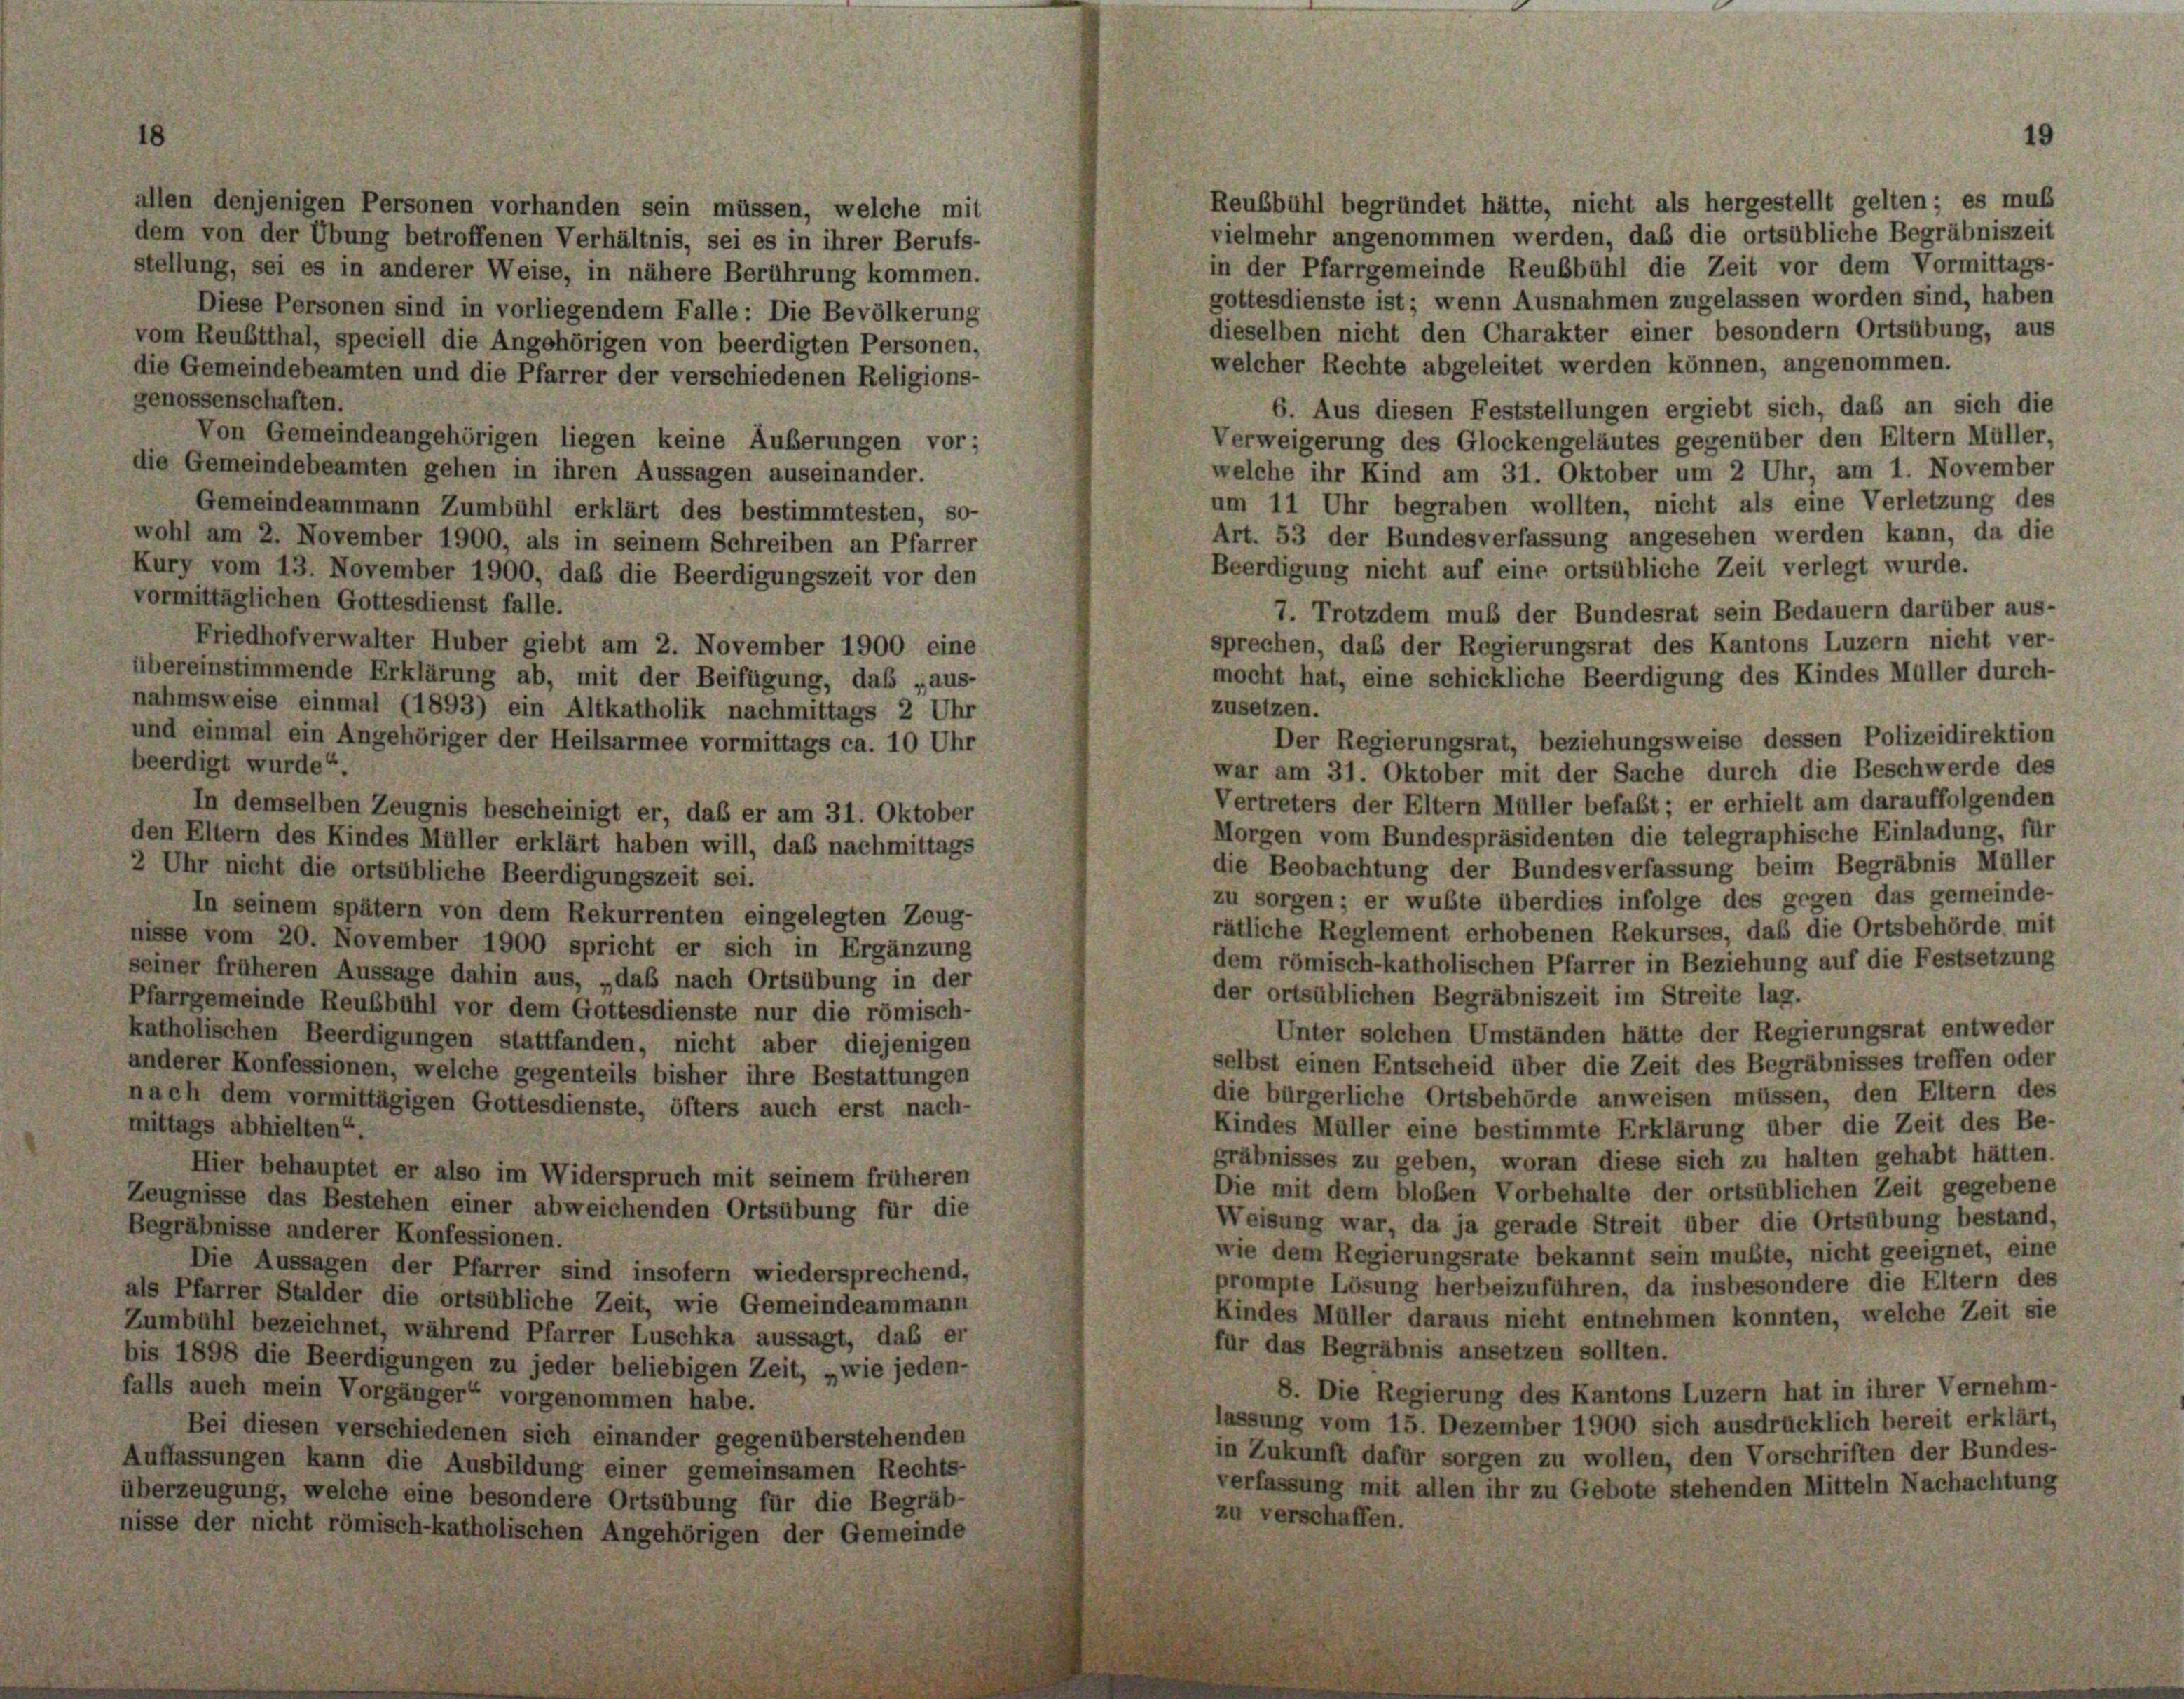
Reubbühl begründet hätte, nicht als hergestellt gelten; es mus
allen denjenigen Personen vorhanden sein müssen, welche mit
vielmehr angenommen werden, daß die ortsübliche Begräbniszeit
dem von der Übung betroffenen Verhältnis, sei es in ihrer Berufs-
in der Pfarrgemeinde Reubbühl die Zeit vor dem Vormittags-
stellung, sei es in anderer Weise, in nähere Berührung kommen.
gottesdienste ist; wenn Ausnahmen zugelassen worden sind, haben
Diese Personen sind in vorliegendem Falle: Die Bevölkerung
dieselben nicht den Charakter einer besondern Ortsübung, aus
vom Reubtthal, speciell die Angehörigen von beerdigten Personen,
welcher Rechte abgeleitet werden können, angenommen.
die Gemeindebeamten und die Pfarrer der verschiedenen Religions-
genossenschaften.
6. Aus diesen Feststellungen ergiebt sich, daß an sich die
Von Gemeindeangehörigen liegen keine Äußerungen vor;
Verweigerung des Glockengeläutes gegenüber den Eltern Müller,
die Gemeindebeamten gehen in ihren Aussagen auseinander.
welche ihr Kind am 31. Oktober um 2 Uhr, am 1. November
um 11 Uhr begraben wollten, nicht als eine Verletzung des
Gemeindeammann Zumbühl erklärt des bestimmtesten, so-
Art. 53 der Bundesverfassung angesehen werden kann, da die
wohl am 2. November 1900, als in seinem Schreiben an Pfarrer
Beerdigung nicht auf eine ortsübliche Zeit verlegt wurde.
Kury vom 13. November 1900, daß die Beerdigungszeit vor den
vormittäglichen Gottesdienst falle.
7. Trotzdem muß der Bundesrat sein Bedauern darüber aus-
Friedhof verwalter Huber giebt am 2. November 1900 eine
sprechen, daß der Regierungsrat des Kantons Luzern nicht ver-
übereinstimmende Erklärung ab, mit der Beifügung, das „aus-
mocht hat, eine schickliche Beerdigung des Kindes Müller durch-
nahmsweise einmal (1893) ein Altkatholik nachmittags 2 Uhr
zusetzen.
Der Regierungsrat, beziehungsweise dessen Polizeidirektion
und einmal ein Angehöriger der Heilsarmee vormittags ca. 10 Uhr
beerdigt wurde“.
war am 31. Oktober mit der Sache durch die Beschwerde des
Vertreters der Eltern Müller befaßt; er erhielt am darauffolgenden
In demselben Zeugnis bescheinigt er, daß er am 31. Oktober
Morgen vom Bundespräsidenten die telegraphische Einladung, für
den Eltern des Kindes Müller erklärt haben will, daß nachmittags
die Beobachtung der Bundesverfassung beim Begräbnis Müller
2 Uhr nicht die ortsübliche Beerdigungszeit sei.
zu sorgen; er wußte überdies infolge des gegen das gemeinde-
In seinem spätem von dem Rekurrenten eingelegten Zeug-
rätliche Reglement erhobenen Rekurses, daß die Ortsbehörde mit
nisse vom 20. November 1900 spricht er sich in Ergänzung
dem römisch-katholischen Pfarrer in Beziehung auf die Festsetzung
seiner früheren Aussage dahin aus, „daß nach Ortsübung in der
der ortsüblichen Begräbniszeit im Streite lag.
Pfarrgemeinde Reubbühl vor dem Gottesdienste nur die römisch-
Unter solchen Umständen hätte der Regierungsrat entweder
katholischen Beerdigungen stattfanden, nicht aber diejenigen
selbst einen Entscheid über die Zeit des Begräbnisses treffen oder
anderer Konfessionen, welche gegenteils bisher ihre Bestattungen
die bürgerliche Ortsbehörde anweisen müssen, den Eltern des
nach dem vormittägigen Gottesdienste, öfters auch erst nach-
Kindes Müller eine bestimmte Erklärung über die Zeit des Be-
mittags abhielten“.
gräbnisses zu geben, woran diese sich zu halten gehabt hätten.
Hier behauptet er also im Widerspruch mit seinem früheren
Die mit dem bloßen Vorbehalte der ortsüblichen Zeit gegebene
Zeugnisse das Bestehen einer abweichenden Ortsübung für die
Weisung war, da ja gerade Streit über die Ortsübung bestand,
Begräbnisse anderer Konfessionen.
wie dem Regierungsrate bekannt sein mußte, nicht geeignet, eine
Die Aussagen der Pfarrer sind insofern wiedersprechend,
prompte Lösung herbeizuführen, da insbesondere die Eltern des
als Pfarrer Stalder die ortsübliche Zeit, wie Gemeindeammann
Kindes Müller daraus nicht entnehmen konnten, welche Zeit sie
Zumbühl bezeichnet, während Pfarrer Luschka aussagt, das er
für das Begräbnis ansetzen sollten.
bis 1898 die Beerdigungen zu jeder beliebigen Zeit, „wie jeden-
8. Die Regierung des Kantons Luzern hat in ihrer Vernehm-
falls auch mein Vorgänger“ vorgenommen habe.
lassung vom 15. Dezember 1900 sich ausdrücklich bereit erklärt,
Bei diesen verschiedenen sich einander gegenüberstehenden
in Zukunft dafür sorgen zu wollen, den Vorschriften der Bundes-
Auffassungen kann die Ausbildung einer gemeinsamen Rechts-
verfassung mit allen ihr zu Gebote stehenden Mitteln Nachachtung
überzeugung, welche eine besondere Ortsübung für die Begräb-
zu verschaffen.
nisse der nicht römisch-katholischen Angehörigen der Gemeinde